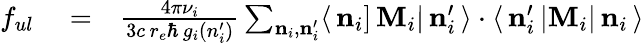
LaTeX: \begin{array}{rlr}{f_{ul}}&{{}=}&{\frac{4\pi\nu_{i}}{3c\, r_{e}\hbar\, g_{i}(n_{i}^{\prime})}\sum_{{\mathbf n}_{i},{\mathbf n}_{i}^{\prime}}\langle\, {\mathbf n}_{i}]\, {\mathbf M}_{i}|\, {\mathbf n}_{i}^{\prime}\, \rangle\cdot\langle\, {\mathbf n}_{i}^{\prime}\, |{\mathbf M}_{i}|\, {\mathbf n}_{i}\, \rangle}\end{array}